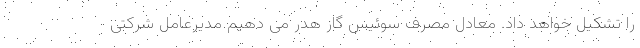
را تشکیل خواهد داد. معادل مصرف سوئیس گاز هدر می دهیم مدیرعامل شرکتی